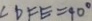
\angle D F E = 9 0 ^ { \circ }